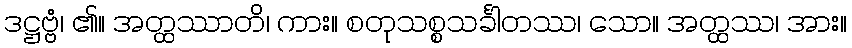
ဒဋ္ဌဗ္ဗံ၊ ၏။ အတ္ထဿာတိ၊ ကား။ စတုသစ္စသင်္ခါတဿ၊ သော။ အတ္ထဿ၊ အား။